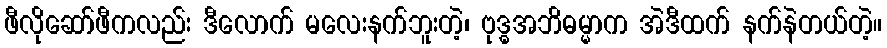
ဖီလိုဆော်ဖီကလည်း ဒီလောက် မလေးနက်ဘူးတဲ့၊ ဗုဒ္ဓအဘိဓမ္မာက အဲဒီထက် နက်နဲတယ်တဲ့။